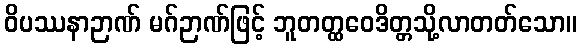
ဝိပဿနာဉာဏ် မဂ်ဉာဏ်ဖြင့် ဘူတတ္ထဝေဒိတ္တသို့လာတတ်သော။